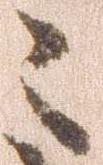
々